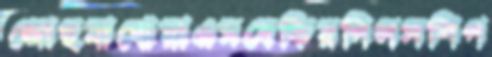
জোছনাধোয়াএমবেকিরগিলসশিপ